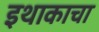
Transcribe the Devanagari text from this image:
इथाकाचा